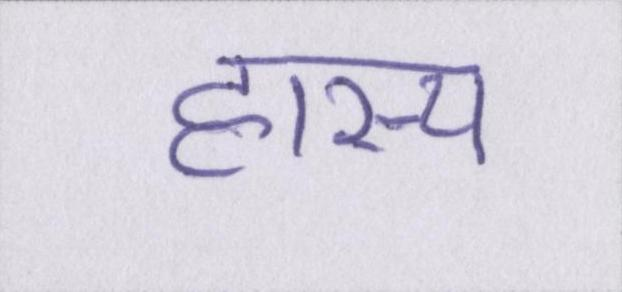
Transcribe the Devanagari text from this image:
हास्य